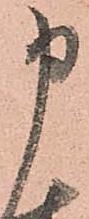
申